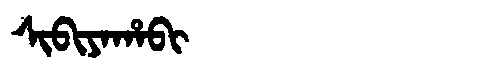
Manchu: ᠰᡳᠪᡳᠶᠠᡥᠠᠪᡳ
Romanization: SIBIYAHABI